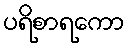
ပရိစာရကော